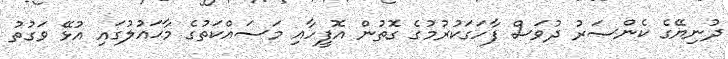
ދުނިޔޭގެ ކެންސަރު ދުވަސް ފާހަގަކުރުމުގެ ގޮތުން އޮފީހާއި މަސައްކަތުގެ މާޙައުލުގައި އުޅޭ ވަގުތު